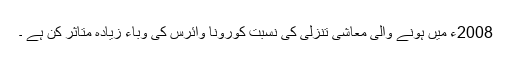
2008ء میں ہونے والی معاشی تنزلی کی نسبت کورونا وائرس کی وباء زیادہ متاثر کن ہے ۔